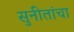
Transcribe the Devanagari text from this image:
सुनीतांचा